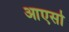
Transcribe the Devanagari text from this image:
आएसो